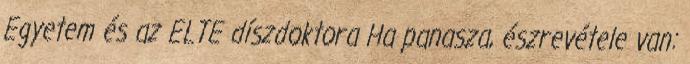
Egyetem és az ELTE díszdoktora Ha panasza, észrevétele van: